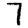
Digit: 7